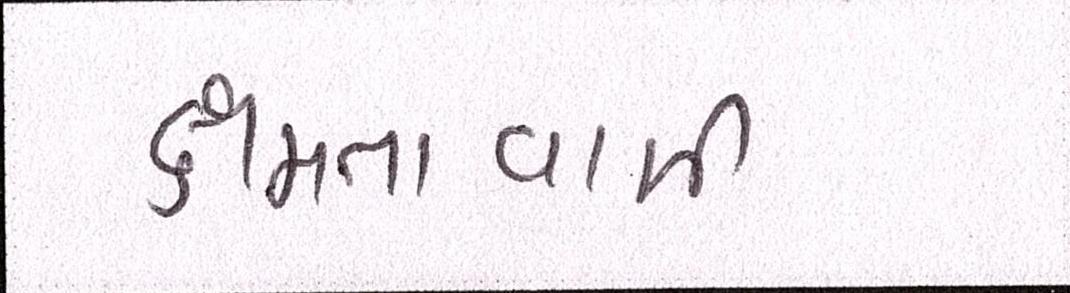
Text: ક્ષમતાવાળી